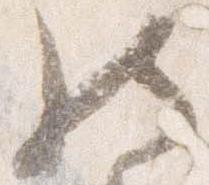
然